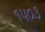
૧૫૦૩